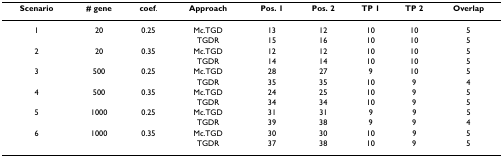
<table><thead><tr><td><b>Scenario</b></td><td><b># gene</b></td><td><b>coef.</b></td><td><b>Approach</b></td><td><b>Pos. 1</b></td><td><b>Pos. 2</b></td><td><b>TP 1</b></td><td><b>TP 2</b></td><td><b>Overlap</b></td></tr></thead><tbody><tr><td>1</td><td>20</td><td>0.25</td><td>Mc.TGD</td><td>13</td><td>12</td><td>10</td><td>10</td><td>5</td></tr><tr><td></td><td></td><td></td><td>TGDR</td><td>15</td><td>16</td><td>10</td><td>10</td><td>5</td></tr><tr><td>2</td><td>20</td><td>0.35</td><td>Mc.TGD</td><td>12</td><td>12</td><td>10</td><td>10</td><td>5</td></tr><tr><td></td><td></td><td></td><td>TGDR</td><td>14</td><td>14</td><td>10</td><td>10</td><td>5</td></tr><tr><td>3</td><td>500</td><td>0.25</td><td>Mc.TGD</td><td>28</td><td>27</td><td>9</td><td>10</td><td>5</td></tr><tr><td></td><td></td><td></td><td>TGDR</td><td>35</td><td>35</td><td>10</td><td>9</td><td>4</td></tr><tr><td>4</td><td>500</td><td>0.35</td><td>Mc.TGD</td><td>24</td><td>25</td><td>10</td><td>9</td><td>5</td></tr><tr><td></td><td></td><td></td><td>TGDR</td><td>34</td><td>34</td><td>10</td><td>9</td><td>5</td></tr><tr><td>5</td><td>1000</td><td>0.25</td><td>Mc.TGD</td><td>31</td><td>31</td><td>9</td><td>9</td><td>5</td></tr><tr><td></td><td></td><td></td><td>TGDR</td><td>39</td><td>38</td><td>9</td><td>9</td><td>4</td></tr><tr><td>6</td><td>1000</td><td>0.35</td><td>Mc.TGD</td><td>30</td><td>30</td><td>10</td><td>9</td><td>5</td></tr><tr><td></td><td></td><td></td><td>TGDR</td><td>37</td><td>38</td><td>10</td><td>9</td><td>5</td></tr></tbody></table>